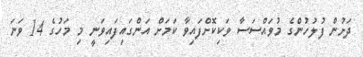
ދަށުން ފުލުހުންގެ މުވައްސަސާ ވަކިކޮށްފައިވާ ކަމަށް އަންގައިފައިވަނީ މި މަހުގެ 14 ވަނަ